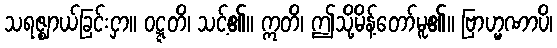
သရဇ္ဈာယ်ခြင်းငှာ။ ဝဋ္ဋတိ၊ သင့်၏။ ဣတိ၊ ဤသို့မိန့်တော်မူ၏။ ဗြာဟ္မဏာပိ၊